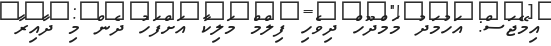
އިމޭޖަސް: އަހުމަދު މަމްދޫހް ދިވެހި ފިލްމް މަލިކާ އަށްފަހު ދެން މި ދާއިރާ